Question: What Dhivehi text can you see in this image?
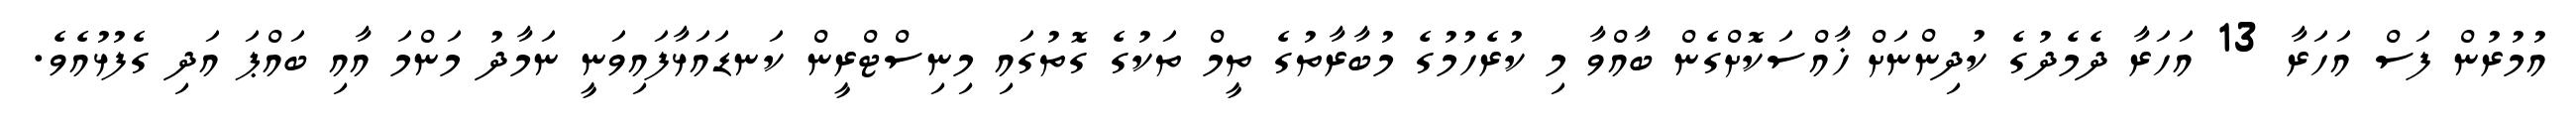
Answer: އުމުރުން ފަސް އަހަރާ 13 އަހަރާ ދެމެދުގެ ކުދިންނަށް ޚާއްސަކޮށްގެން ބާއްވާ މި ކުރެހުމުގެ މުބާރާތުގެ ތީމް ތަކުގެ ގޮތުގައި މިނިސްޓްރީން ކަނޑައަޅާފައިވަނީ ނަމާދު މަންމަ އާއި ބައްޕަ އަދި ގެފުޅުއެވެ.